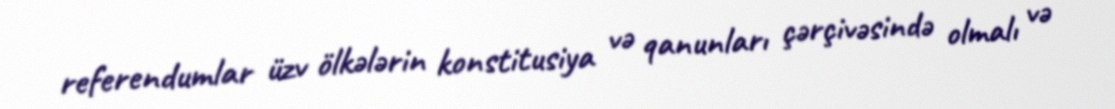
referendumlar üzv ölkələrin konstitusiya və qanunları çərçivəsində olmalı və